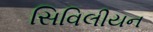
સિવિલીયન